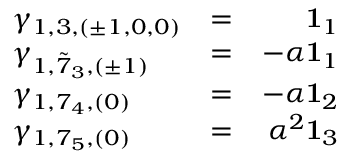
\left. \begin{array} { l l r } { { \gamma _ { 1 , 3 , ( \pm 1 , 0 , 0 ) } } } & { { = } } & { { { \bf 1 } _ { 1 } } } \\ { { \gamma _ { 1 , { \tilde { 7 } } _ { 3 } , ( \pm 1 ) } } } & { { = } } & { { - \alpha { \bf 1 } _ { 1 } } } \\ { { \gamma _ { 1 , 7 _ { 4 } , ( 0 ) } } } & { { = } } & { { - \alpha { \bf 1 } _ { 2 } } } \\ { { \gamma _ { 1 , 7 _ { 5 } , ( 0 ) } } } & { { = } } & { { \alpha ^ { 2 } { \bf 1 } _ { 3 } } } \end{array} \right.